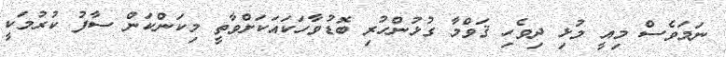
ނަމަވެސް މިއީ މުޅި ދިވެހި ޤަވްމާ ގުޅުންހުރި ބޮޑުވާހަކައަކަށްވާތީ މިކަންކަން ސާފު ކުރުމަކީ